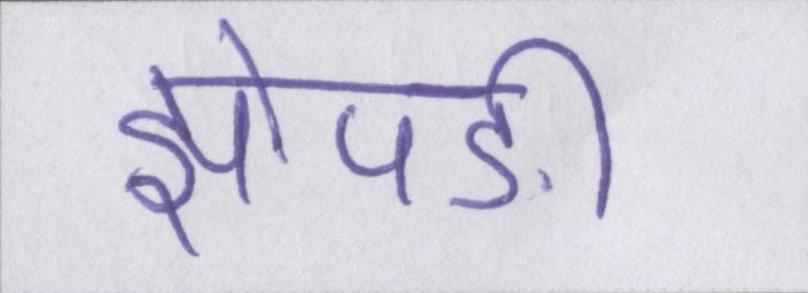
झोपङीं